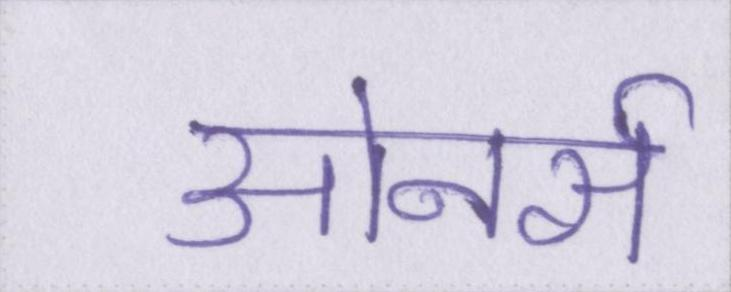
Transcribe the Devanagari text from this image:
ओनर्स